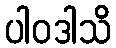
ပါဝဒါသိ